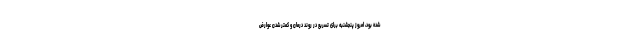
شده بود، امروز پنجشنبه برای تسریع در روند درمان و کمتر شدن عوارض